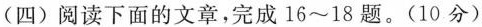
(四)阅读下面的文章，完成16~18题。(10分)